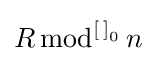
R\,{\text{mod}}^{\left[\,\right]_{0}}\,n